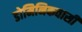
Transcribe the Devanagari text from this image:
डोमिनिकवासी